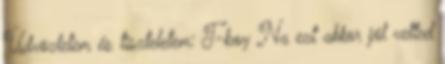
Üdvözletem és tiszteletem: T-boy Na ezt akkor jól vetted